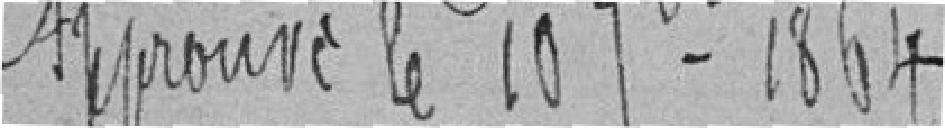
Approuvé le 10 septembre 1864